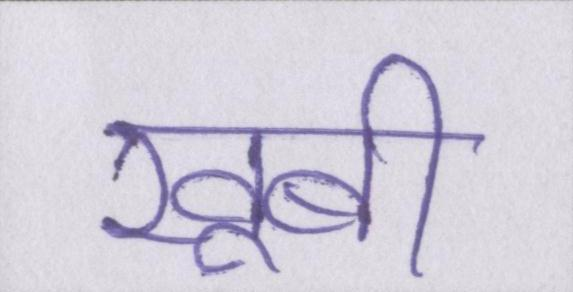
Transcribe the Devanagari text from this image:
खूबी